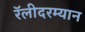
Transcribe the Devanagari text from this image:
रॅलीदरम्यान